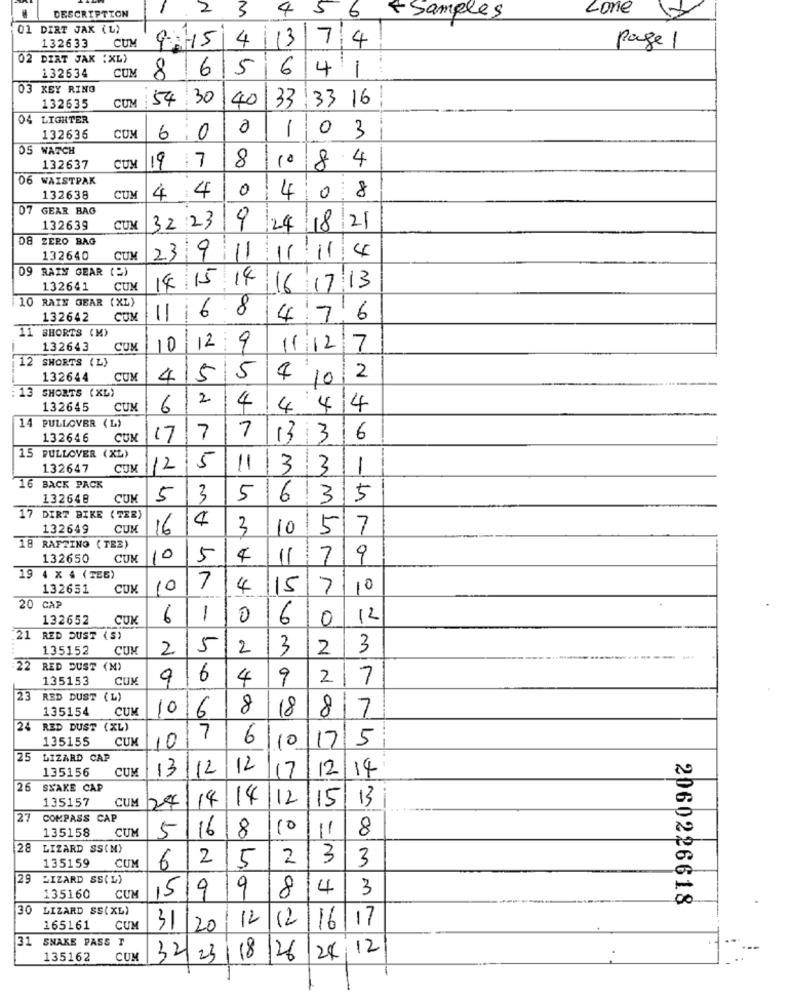
DESCRIPTION
2
3
Lone
4 5 6
+ Samples
DIRT JAK (L)
132633
CUM
97514 137 4
Page 1
02 DIRT JAK (XL)
132634
COM
86
5
6
41
03 KEY RING
CUM
54
: 30
40
33
33 16
132635
4 LIGHTER
0
1
0 3
132636
CUM
6
0
05 WATCH
19 7
8
10
8.4
132637
CUM
06 WAISTPAK
4 4
0
132638
CUM
4
0 8
07 GEAR BAG
07
132639
CUM
32 23
9 24 18 21
ZERO BAG
132640
CUM
23/9/11
11/11/4
09 RAIN GEAR (2)
18 15 14
132641
CUM
16/17/13
110 RAIN GEAR (XL)
6 8
132642
CUM
11
--
476
11 SHORTS (M)
132643
CUM
12 9
11/12/7
12 SHORTS ( L)
132644
CUM
4
5
5
4 10
2
13 SHORTS (XL)
2
132645
CUM
6
4
444
14
PULLOVER (L)
7
132646
CUM
17
7
1336
15 PULLOVER (XL)
132647
CUM
2
5
11
3
3
1
16 BACK PACK
132648
CUM
5
3
5
63
5
17 DIRT BIKE ( TER)
132649
CUM
16
4
3
10
5
7
18 RAFZINO ( TEZ)
L32650
CUM
10
5
4
11
7
9
19 4 X 4 (TEG)
132651
CUX
10
7
4
15
7
10
20
CAP
132652
CUK
6
1
0
6
0
12
21
RED DUST (S)
135152
CUM
2
5
2
3
2
3
---- -
22
RED DUST (N)
135153
CUM
9
6
4
9
2
7
23
RED DUST ( L)
135154
CUM
10
6
8
18
8
7
24
RED DUST (XL)
135155
CUM
7
6
0
17
5
10
25 LIZARD CAP
25
135156
CUM
13
12
12
12/14
17
26
SNAKE CAP
135157
CUM
24
14
14
12
15/13
27
COMPASS CAP
135158
CUM
16
8
10
11
8
5
28
LIZARD SS(M)
135159
CUM
2
5
2
3
3
6
29
LIZARD SS(L)
9
8
4
3
135160
CUM
0
2060226618
30
LIZARD SS( XL)
12
17
165161
CUM
31/20
12
16
31
SNAKE PASS T
28.12
135162
CUM
32/23
18
126